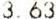
3.63